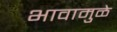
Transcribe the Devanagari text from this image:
भावामुळे